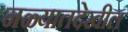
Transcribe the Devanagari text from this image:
नळ्यातदेखील